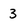
Character: 3